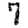
Digit: 7